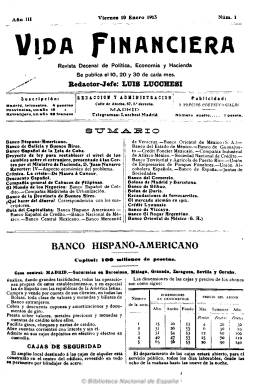
Título: Vida financiera
Colección: Economía
Ámbito geográfico: Madrid
Lugar de publicación: Madrid
Fechas: 10/01/1913-10/06/1933

Subtitulada “revista decenal de política, economía y hacienda” fue fundada por Luis Lucchesi, que fue su primer redactor-jefe, para después estar sucesivamente al frente de su redacción Álvaro Guzmán, que llegaría a ser director-gerente, Gustavo de la Iglesia y Antonio F. de Velasco. En su segunda etapa se subtituló “revista de política, economía, hacienda, industria, comercio, trabajo, seguros marítimos y terrestres, agrícola y sport” y su periodicidad pasó a ser mensual. Su administrador fue Enrique Arqueros. De entre 16 y 24 páginas por número, incluye fotografías.

Se dedicó a informar de los citados asuntos, manteniendo secciones de actualidad sobre los mercados financieros y bancarios, presupuestos públicos y haciendas locales, política y legislación económica, jurisprudencia mercantil e industrial, etc. Dio cuenta de las cotizaciones de las bolsas españolas y extranjeras, de los mercados mineros, agrícolas, comerciales y de fletes, y tuvo secciones de bibliografía, noticias varias y miscelánea extranjera, así como una guía del capitalista. También publicó numerosos anuncios, especialmente de las instituciones bancarias españolas, a través de los cuales se puede observar la evolución de las mismas en las primeras décadas del siglo veinte.